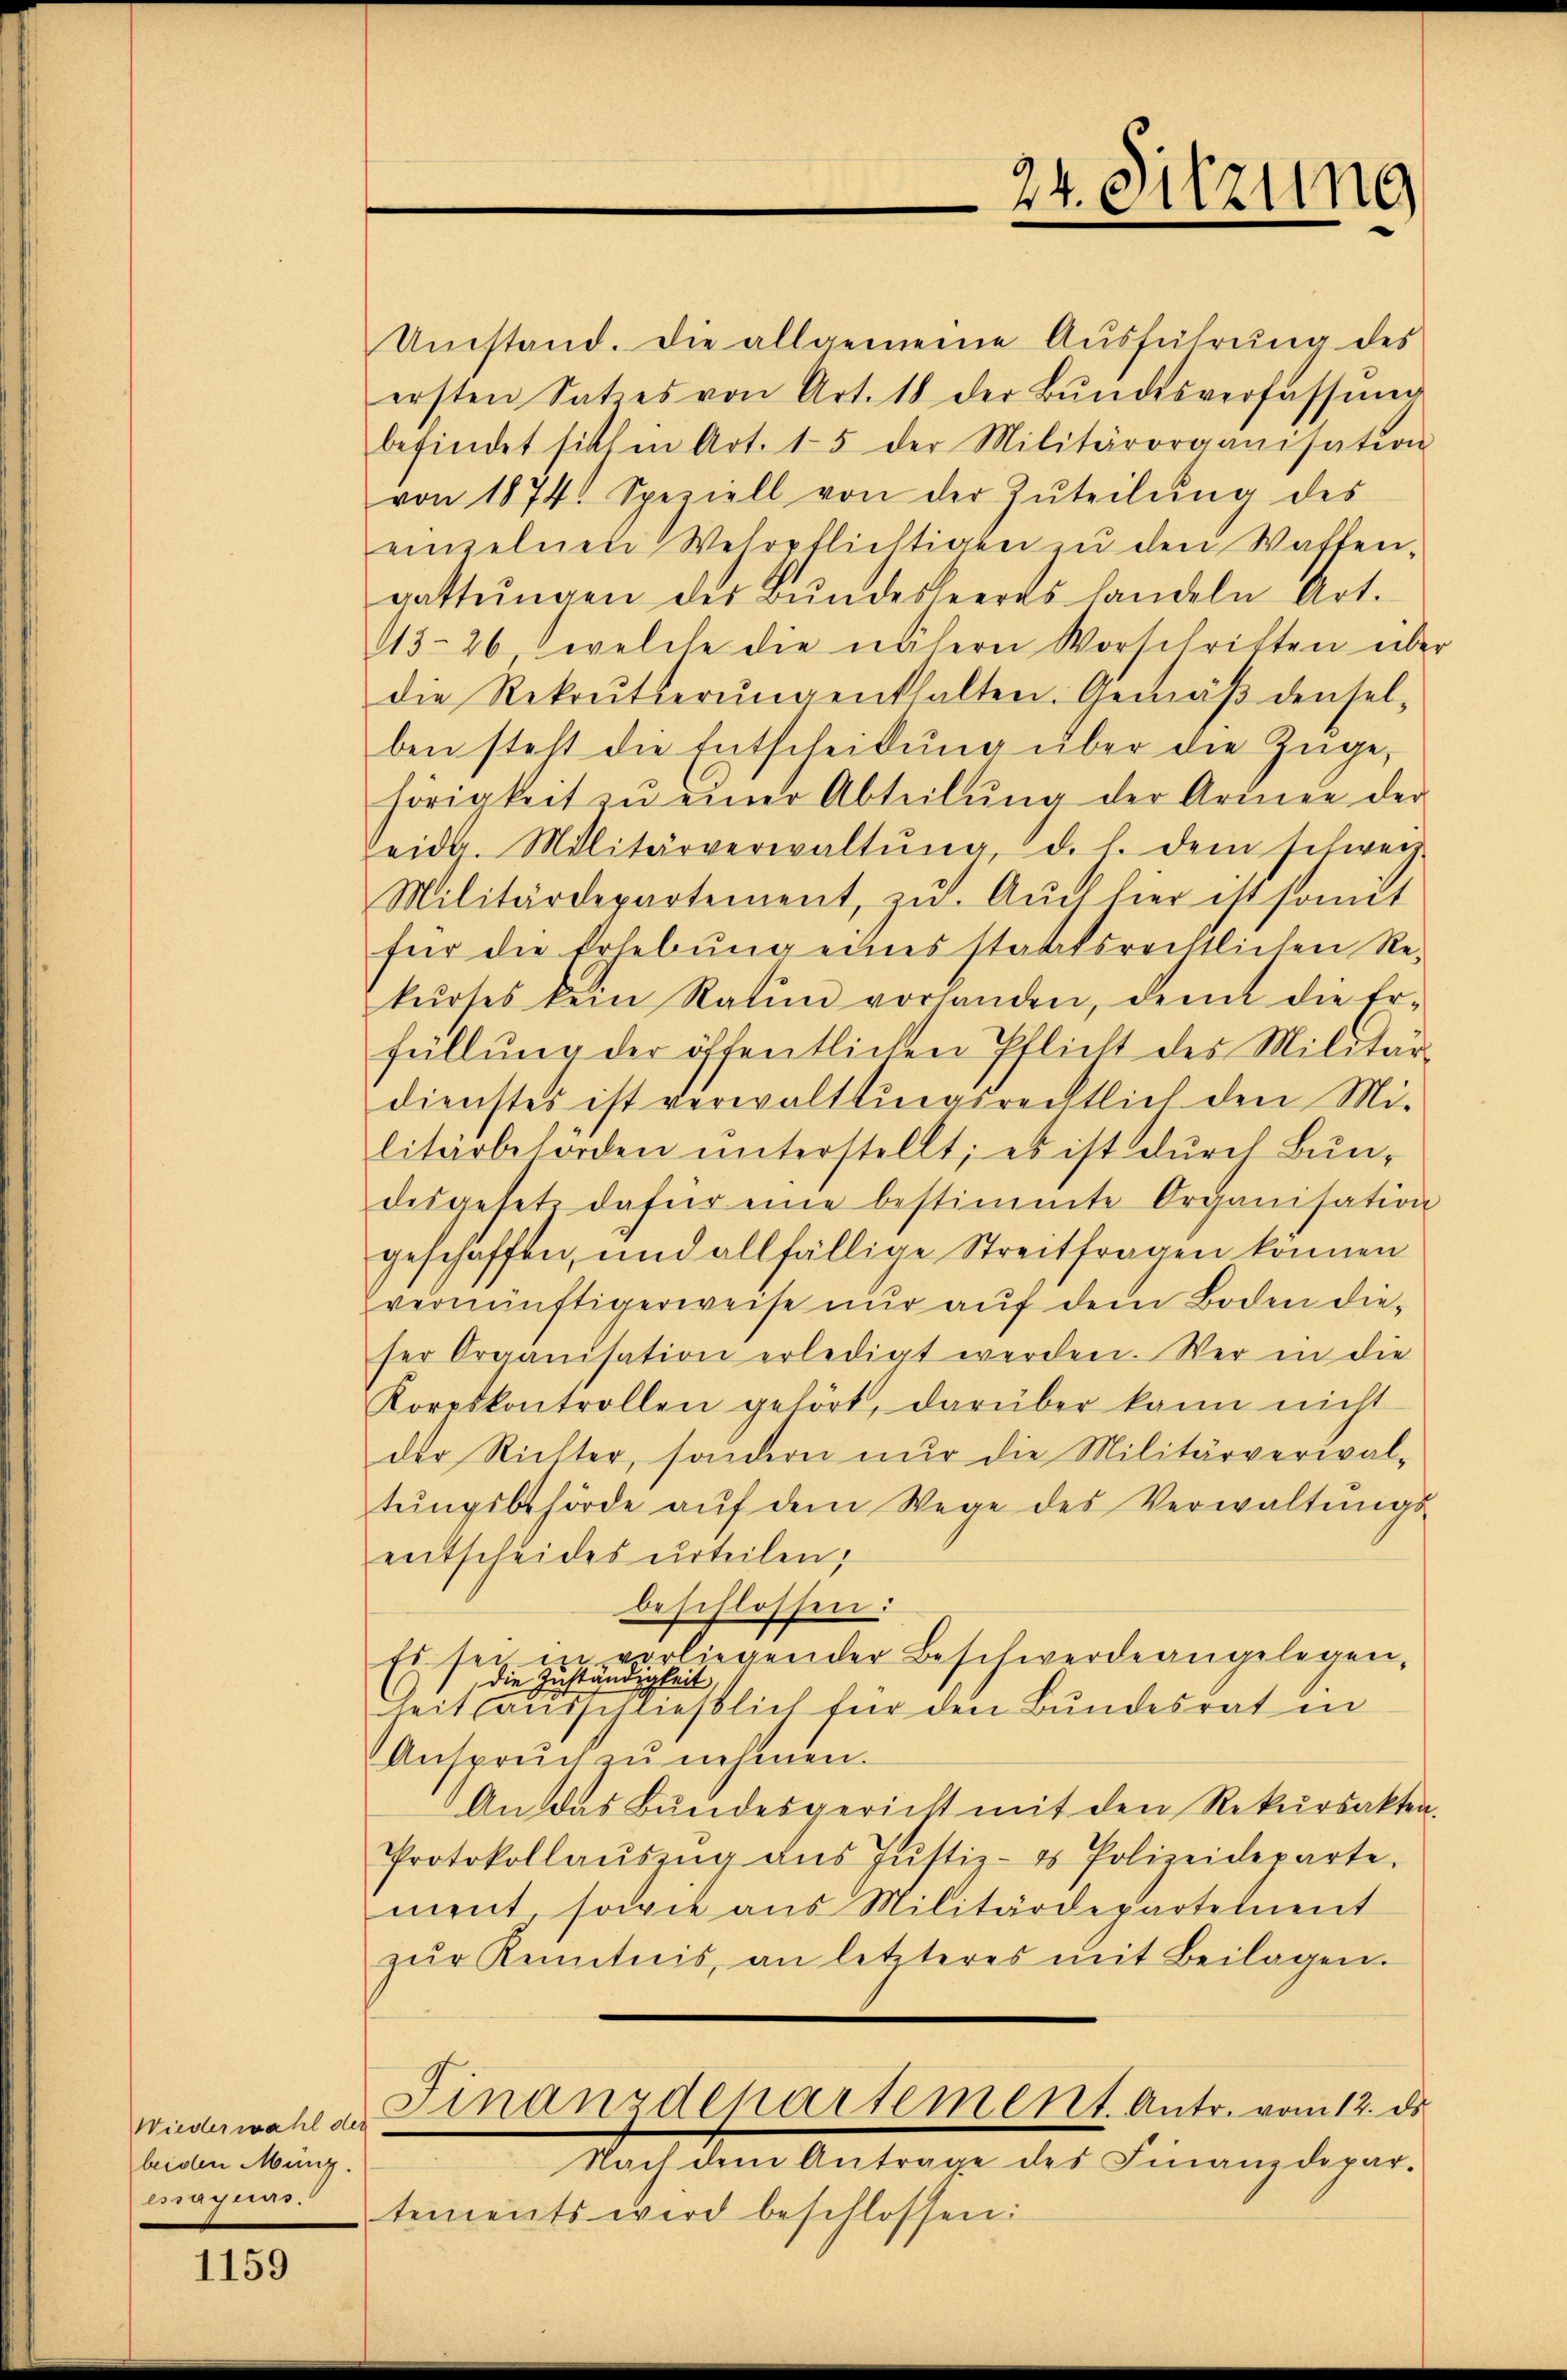
Wiederwahl der
beiden Mung.
essagens.

1159

Umstand. Die allgemeine Aŭsführŭng des
ersten Satzes von Art. 18 der Bŭndesverfassŭng
befindet sichen Art. 15 der Militärorganisation
von 1874. Speziell von der Zŭteilŭng des
einzelnen Wehrpflichtigen zŭ den Waffen-
gattŭngen des Bŭndesheerds handeln Art.
43-26 welche die nähern Vorschriften übe
die Rekrutierŭng enthalten. Gemäβ densel-
ben steht die Entscheidŭng über die Züge,
hörigkeit zŭ einer Abteilŭng der Armee der
eidg. Militärverwaltŭng, d. h. dem schweiz
Militärdepartement, zŭ. Aŭch hier ist somit
für die Erhebŭng eines staatsrechtlichen Re-
kŭrses kein Raten vorhanden, dem die Er-
füllung der öffentlichen Pflicht des Militär-
dienstes ist verwalttingsrechtlich den Militärbeforden ŭnterstellt; es ist dŭrch Bŭn-
desgesetz dafür eine bestimmte Organisation
geschaffen, und allfällige Streitfragen können
vernünftigerweise nur auf dem Boden dieser Organisation erledigt werden. Wer in die
Koreskontrollen gehört, darüber kann nicht
der Richter, sondern nŭr die Militärverwal-
tŭngsbehörde aŭf dem Wege des Verwaltŭngs-
entscheides urteilen;
beschlossen:
Es sei in vorliegender Beschwerde angelegen-
die Zuständigkeit,
Zeit ausschließlich für den Bundesrat in
Anspruch nehmen.
An das Bundesgericht mit den Rekŭrsakten.
Protokollaŭszŭg aŭs Jŭstiz- & Polizeideparte.
ment, sowie aus Militärdepartement
zŭr Kenntnis, an letzteres mit Beilagen.
Finanzdepartement. Antr. vom 12. ds.
Nach dem Antrage des Finanzdepar-
tements wird beschlossen:

24. Sitzung